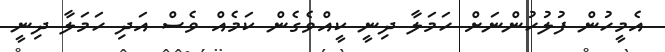
އެމީހުން ފުލުހުންނަށް ހަމަލާ ދިނީ ކީއްވެގެން ކަމެއް ވެސް އަދި ހަމަލާ ދިނީ